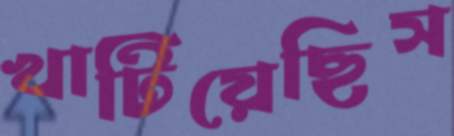
খাটিয়েছিস